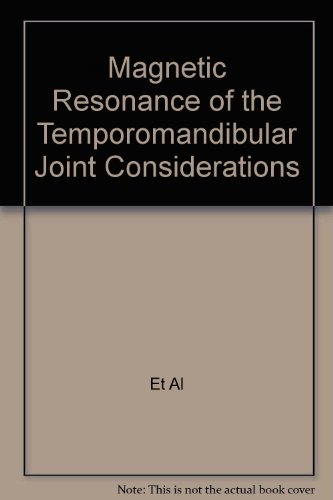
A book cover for Magnetic Resonance of the Temporomandibular Joint Considerations; E. Palacios; Medical Books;